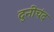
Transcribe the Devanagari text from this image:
दुनीचंद